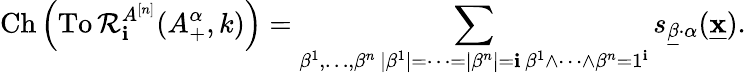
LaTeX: \operatorname{Ch}\left(\operatorname{To\mathcal{R}}_{\mathbf{i}}^{A^{[n]}}(A_{+}^{\alpha},k)\right)=\sum_{\substack{\beta^{1},\dots,\beta^{n}\, |\beta^{1}|=\cdots=|\beta^{n}|=\mathbf{i}\, \beta^{1}\wedge\cdots\wedge\beta^{n}=1^{\mathbf{i}}}}s_{\underline{{{\beta}}}\cdot\alpha}(\underline{{{\mathbf{{x}}}}}).